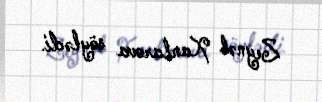
Zeynəb Xanlarova söylədi.